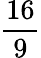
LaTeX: \frac{16}{9}